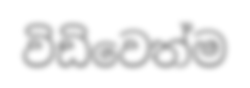
විඩිවෙත්ම